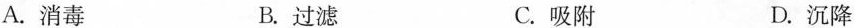
A.消毒 B.过滤 C.吸附 D.沉降